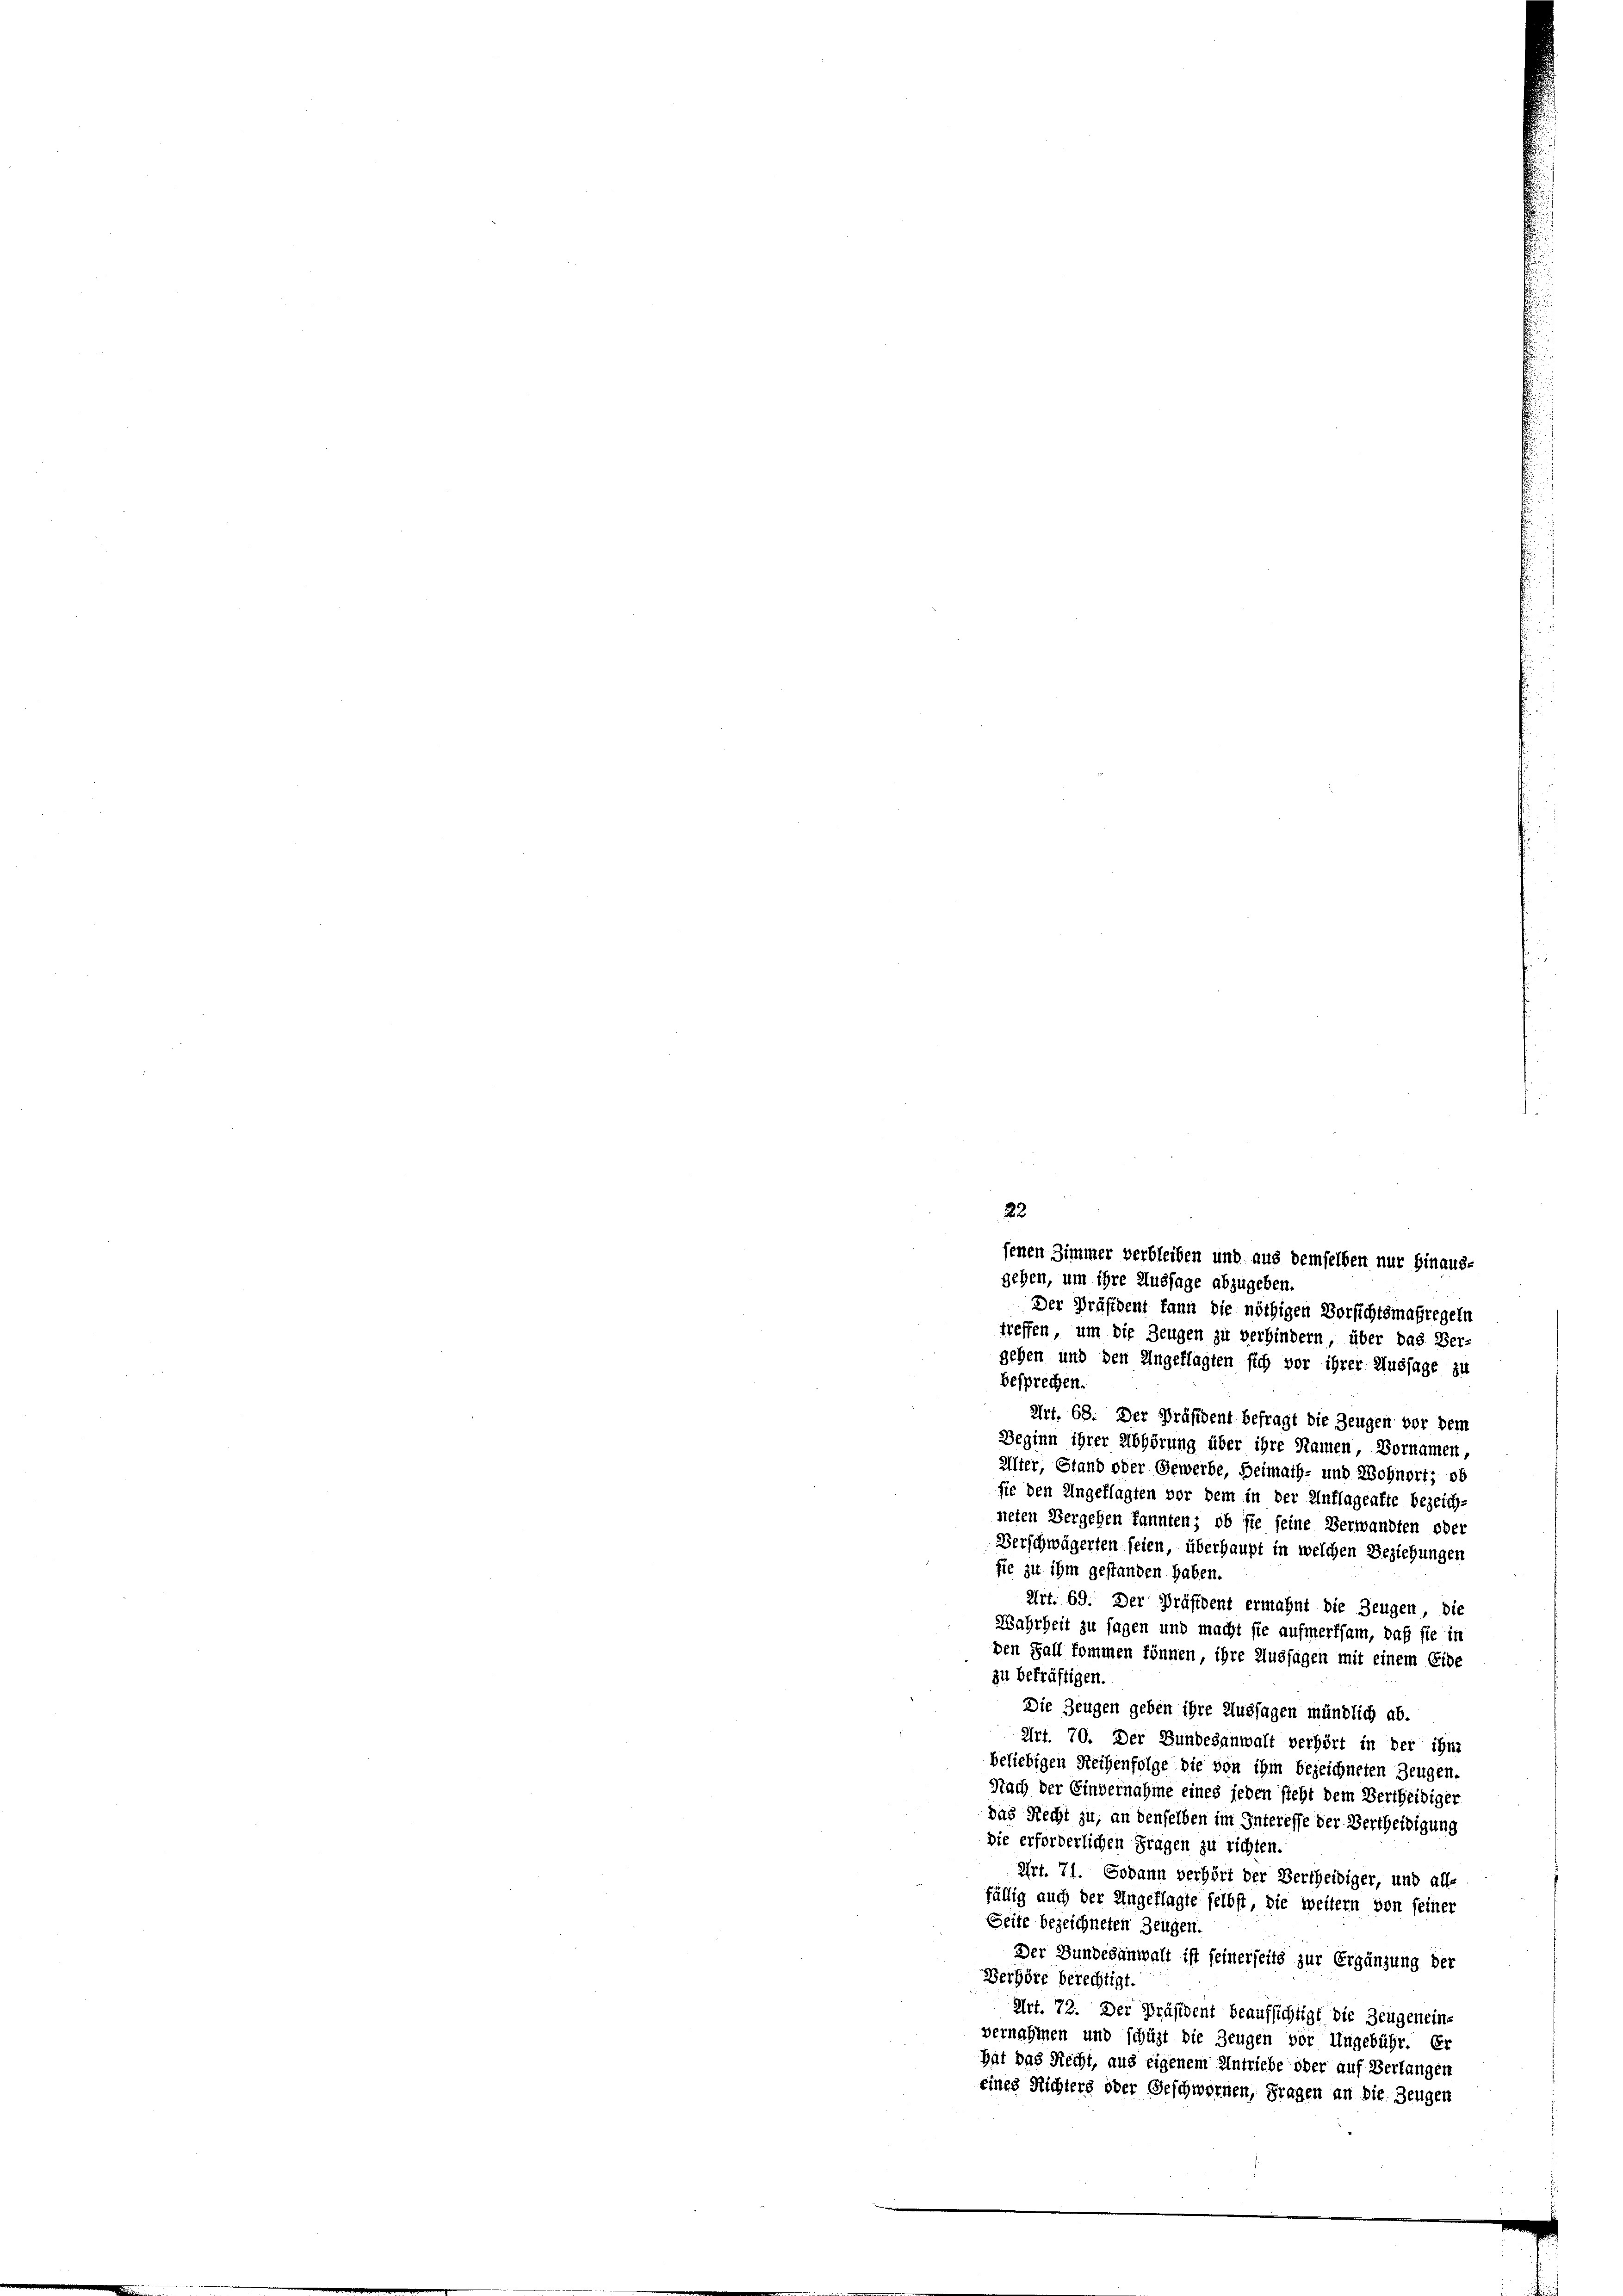
Der Präsident kann die nöthigen Vorsichtsmaßregeln
treffen, um die Zeugen zu verhindern, über das Ver-
gehen und den Angeflagten sich vor ihrer Aussage zu
besprechen.
Art. 68. Der Präsident befragt die Zeugen vor dem
Beginn ihrer Abhörung über ihre Namen Bornamen,
Alter, Stand oder Gewerbe, Heimath- und Wohnort; ob
sie den Ungeklagten vor dem in der Unflageakte bezeich-
neten Vergehen kannten; ob sie seine Verwandten oder
Verschwägerten seien, überhaupt in welchen Beziehungen
sie zu ihm gestanden haben.
Art. 69. Der Präsident ermahnt die Zeugen, die
Wahrheit zu sagen und macht sie aufmerksam, daß sie in
den Fall kommen können, ihre Aussagen mit einem Eide
zu bekräftigen.
Die Zeugen geben ihre Aussagen mündlich ab.
Art. 70. Der Bundesanwalt verhört in der ihne
beliebigen Reihenfolge die von ihm bezeichneten Zeugen.
Nach der Einvernahme eines jeden steht dem Bertheidiger
das Recht zu, an denselben im Interesse der Bertheidigung
Sie erforderlichen Fragen zu richten.
Art. 71. Sodann verhört der Bertheidiger, und alle
fällig auch der Angeflagte selbst, die weitern von seiner
Seite bezeichneten Zeugen.
Der Bundesanwall ist seinerseits zur Ergänzung der
Berhöre berechtigt.
Art. 72. Der Präsident beaufsichtigt die Zeugenein-
vernahmen und schüzt die Zeugen vor Ungebühr. Er
hat das Recht, aus eigenem Antriebe oder auf Verlangen
eines Richters oder Geschwornen, Fragen an die Zeugen

22

fenen Zimmer verbleiben und aus demselben nur hinaus-
gehen, um ihre Aussage abzugeben